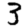
Digit: 3